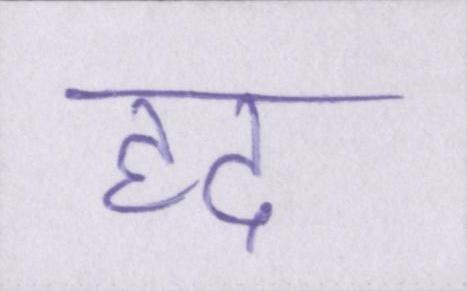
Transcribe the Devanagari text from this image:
हद